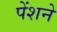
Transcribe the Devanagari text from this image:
पेंशने